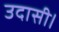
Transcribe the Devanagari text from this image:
उदासी।